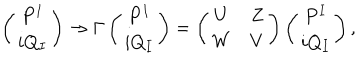
\left( \begin{matrix} { { P ^ { I } } } \\ { { i Q _ { I } } } \\ \end{matrix} \right) \rightarrow \Gamma \left( \begin{matrix} { { P ^ { I } } } \\ { { i Q _ { I } } } \\ \end{matrix} \right) = \left( \begin{matrix} { { U } } & { { Z } } \\ { { W } } & { { V } } \\ \end{matrix} \right) \left( \begin{matrix} { { P ^ { I } } } \\ { { i Q _ { I } } } \\ \end{matrix} \right) ,